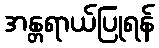
အန္တရာယ်ပြုရန်